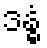
ဒန္ဓံ